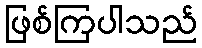
ဖြစ်ကြပါသည်